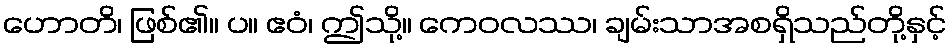
ဟောတိ၊ ဖြစ်၏။ ပ။ ဧဝံ၊ ဤသို့။ ကေဝလဿ၊ ချမ်းသာအစရှိသည်တို့နှင့်